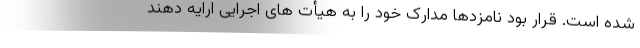
شده است. قرار بود نامزدها مدارک خود را به هیأت های اجرایی ارایه دهند